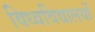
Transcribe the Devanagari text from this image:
विध्वविद्यालयों